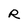
Character: R